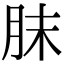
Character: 䏞